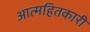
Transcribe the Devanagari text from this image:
आत्महितकारी